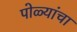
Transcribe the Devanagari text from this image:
पोळ्यांचा